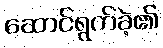
ဆောင်ရွက်ခဲ့၏